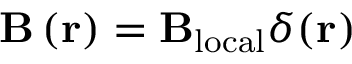
\mathbf { B } \left( \mathbf { r } \right) = \mathbf { B _ { \mathrm { l o c a l } } } \delta ( \mathbf { r } )